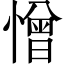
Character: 憎